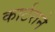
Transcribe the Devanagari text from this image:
कार्टराने